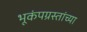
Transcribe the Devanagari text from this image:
भूकंपग्रस्तांच्या